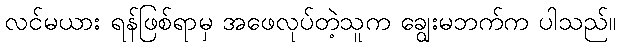
လင်မယား ရန်ဖြစ်ရာမှ အဖေလုပ်တဲ့သူက ချွေးမဘက်က ပါသည်။